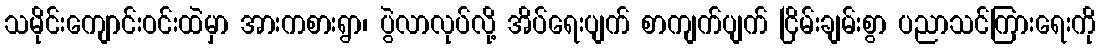
သမိုင်းကျောင်းဝင်းထဲမှာ အားကစားရွာ၊ ပွဲလာလုပ်လို့ အိပ်ရေးပျက် စာကျက်ပျက် ငြိမ်းချမ်းစွာ ပညာသင်ကြားရေးကို